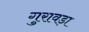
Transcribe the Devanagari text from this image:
गुरावड़ा